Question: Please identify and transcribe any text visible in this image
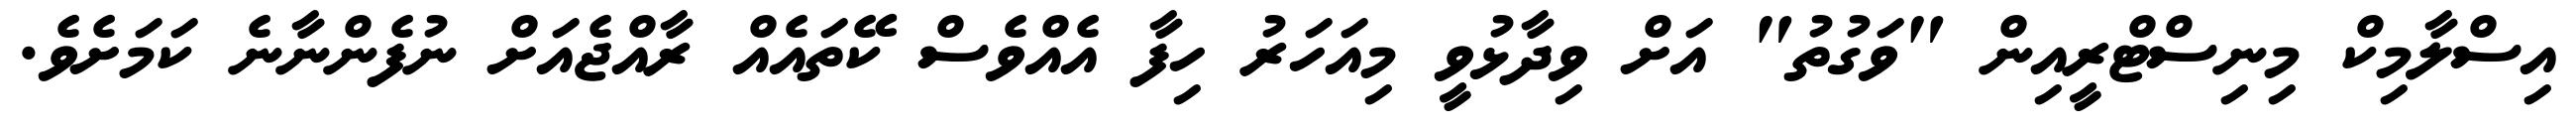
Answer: އިސްލާމިކް މިނިސްޓްރީއިން "ވަގުތު" އަށް ވިދާޅުވީ މިއަހަރު ހިފާ އެއްވެސް ކޭތައެއް ރާއްޖެއަށް ނުފެންނާނެ ކަމަށެވެ.